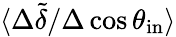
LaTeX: \langle\Delta\tilde{\delta}/\Delta\cos\theta_{\mathrm{in}}\rangle